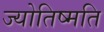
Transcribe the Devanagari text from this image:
ज्योतिष्मति